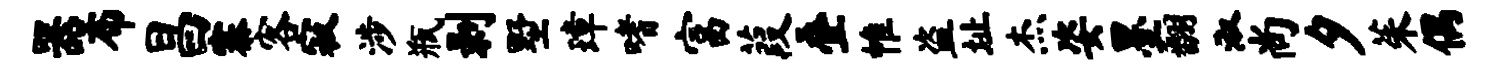
器布昌寨客寂涉瓶剥墅璋嗜富葭叠帷盗址杰姿墨翻淑尚夕茱偶